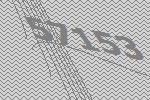
57153